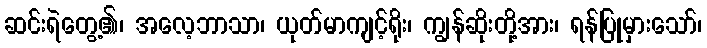
ဆင်းရဲတွေ့၏၊ အလေ့ဘာသာ၊ ယုတ်မာကျင့်ရိုး၊ ကျွန်ဆိုးတို့အား၊ ရန်ပြုမှားသော်၊